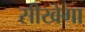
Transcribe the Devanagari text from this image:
सीखेगा